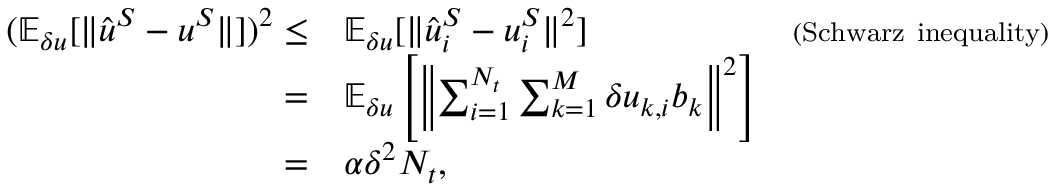
\begin{array} { r l r } { ( \mathbb { E } _ { \delta u } [ \| \hat { \boldsymbol { u } } ^ { S } - \boldsymbol { u } ^ { S } \| ] ) ^ { 2 } \le } & { \mathbb { E } _ { \delta u } [ \| \hat { \boldsymbol { u } } _ { i } ^ { S } - \boldsymbol { u } _ { i } ^ { S } \| ^ { 2 } ] } & { { \scriptstyle ( \mathrm { S c h w a r z ~ i n e q u a l i t y } ) } } \\ { = } & { \mathbb { E } _ { \delta u } \left[ \left\| \sum _ { i = 1 } ^ { N _ { t } } \sum _ { k = 1 } ^ { M } \delta u _ { k , i } \boldsymbol { b } _ { k } \right\| ^ { 2 } \right] } & \\ { = } & { \alpha \delta ^ { 2 } N _ { t } , } \end{array}